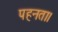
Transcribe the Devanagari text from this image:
पहनता।